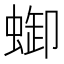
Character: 𧌋